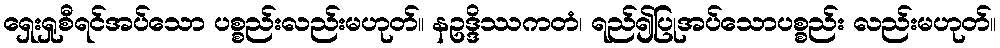
ရှေးရှုစီရင်အပ်သော ပစ္စည်းလည်းမဟုတ်။ နဥဒ္ဒိဿကတံ၊ ရည်၍ပြုအပ်သောပစ္စည်း လည်းမဟုတ်။